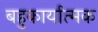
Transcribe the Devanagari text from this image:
बहुकार्यात्‍मक